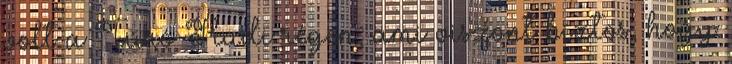
volt a Túró Rudi régen, ami viszont biztos, hogy